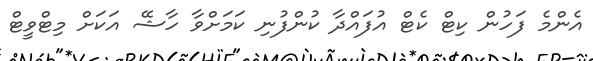
އެންމެ ފަހުން ކިޓް ކެޓް އުފައްދާ ކުންފުނި ކަމަށްވާ ހާޝޭ އަކަށް މިޓްވީޓް